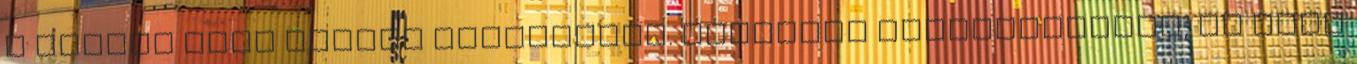
a teljes brit flotta kihajózott. Jellicoe zászlóshajója, az Iron